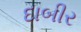
દાબીર